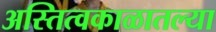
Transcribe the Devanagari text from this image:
अस्तित्वकाळातल्या